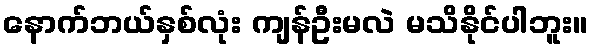
နောက်ဘယ်နှစ်လုံး ကျန်ဦးမလဲ မသိနိုင်ပါဘူး။